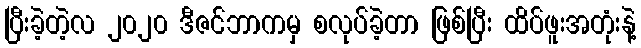
ပြီးခဲ့တဲ့လ ၂၀၂၀ ဒီဇင်ဘာကမှ စလုပ်ခဲ့တာ ဖြစ်ပြီး ထိပ်ဖူးအတုံးနဲ့